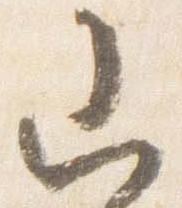
山